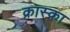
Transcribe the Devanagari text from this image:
क्रास्का